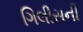
ગિલીસની